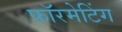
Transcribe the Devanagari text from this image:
फॉरमेटिंग